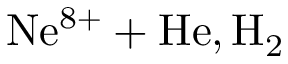
\mathrm { N e ^ { 8 + } + H e , H _ { 2 } }